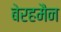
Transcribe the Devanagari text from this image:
बेरहमैन